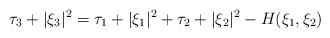
LaTeX: \begin{align*}\tau_3+|\xi_3|^2=\tau_1+|\xi_1|^2+\tau_2+|\xi_2|^2-H(\xi_1,\xi_2)\end{align*}